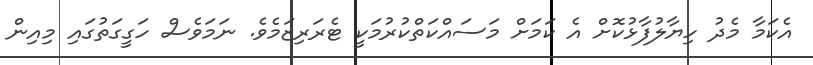
އެކަމާ މެދު ހިޔާލުފާޅުކޮށް އެ ކަމަށް މަސައްކަތްކުރުމަކީ ޓެރަރިޒަމެވެ. ނަމަވެސް ހަގީގަތުގައި މިއިން